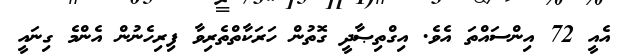
އެއީ 72 އިންސައްތަ އެވެ. އިގްތިޞާދީ ގޮތުން ހަރަކާތްތެރިވާ ފިރިހެނުން އެންމެ ގިނައީ